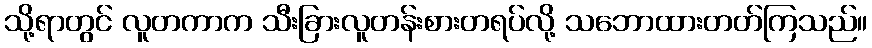
သို့ရာတွင် လူတကာက သီးခြားလူတန်းစားတရပ်လို့ သဘောထားတတ်ကြသည်။